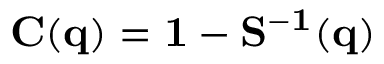
{ \bf { C ( q ) = 1 - S ^ { - 1 } ( q ) } }